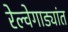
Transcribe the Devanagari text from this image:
रेल्वेगाड्यांत